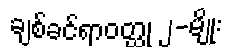
ချစ်ခင်ရာဝတ္ထု ၂-မျိုး